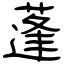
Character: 蓬